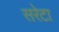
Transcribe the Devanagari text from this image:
सरेटा